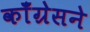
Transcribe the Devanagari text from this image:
कॉँग्रेसने